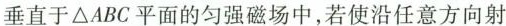
垂直于ΔABC平面的匀强磁场中，若使沿任意方向射